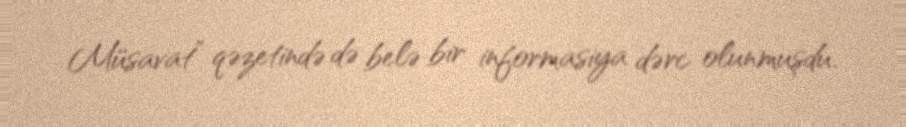
Müsavat” qəzetində də belə bir informasiya dərc olunmuşdu.